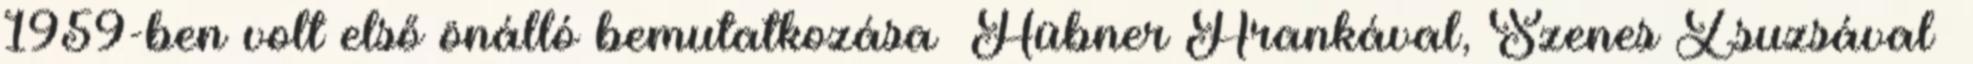
1959-ben volt első önálló bemutatkozása Hübner Arankával, Szenes Zsuzsával